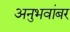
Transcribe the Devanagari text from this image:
अनुभवांबर